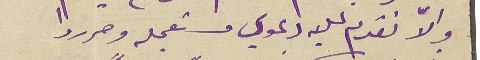
والاّ نقدم عليه دعوي مستعجله وحرروا